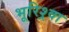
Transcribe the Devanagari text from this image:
भूरिश्र्वा